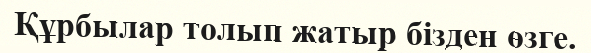
Құрбылар толып жатыр бізден өзге.